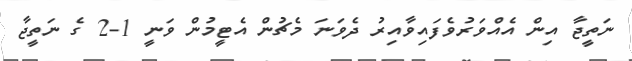
ނަތީޖާ އިން އެއްވަރުވެފައިވާއިރު ދެވަނަ މެޗުން އެޓީމުން ވަނީ 1-2 ގެ ނަތީޖާ